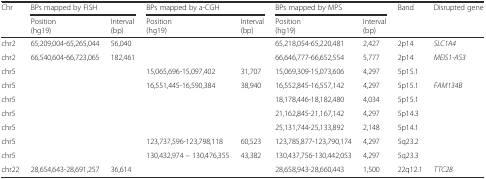
| Chr | <COLSPAN=2> BPs mapped by FISH | <COLSPAN=2> BPs mapped by a-CGH | <COLSPAN=2> BPs mapped by MPS | Band | Disrupted gene |
 |  | Position (hg19) | Interval (bp) | Position (hg19) | Interval (bp) | Position (hg19) | Interval (bp) |  |  |
 | --- | --- | --- | --- | --- | --- | --- | --- | --- |
 | chr2 | 65,209,004-65,265,044 | 56,040 |  |  | 65,218,054-65,220,481 | 2,427 | 2p14 | SLC1A4 |
 | chr2 | 66,540,604-66,723,065 | 182,461 |  |  | 66,646,777-66,652,554 | 5,777 | 2p14 | MEIS1-AS3 |
 | chr5 |  |  | 15,065,696-15,097,402 | 31,707 | 15,069,309-15,073,606 | 4,297 | 5p15.1 |  |
 | chr5 |  |  | 16,551,445-16,590,384 | 38,940 | 16,552,845-16,557,142 | 4,297 | 5p15.1 | FAM134B |
 | chr5 |  |  |  |  | 18,178,446-18,182,480 | 4,034 | 5p15.1 |  |
 | chr5 |  |  |  |  | 21,162,845-21,167,142 | 4,297 | 5p14.3 |  |
 | chr5 |  |  |  |  | 25,131,744-25,133,892 | 2,148 | 5p14.1 |  |
 | chr5 |  |  | 123,737,596-123,798,118 | 60,523 | 123,785,877-123,790,174 | 4,297 | 5q23.2 |  |
 | chr5 |  |  | 130,432,974 – 130,476,355 | 43,382 | 130,437,756-130,442,053 | 4,297 | 5q23.3 |  |
 | chr22 | 28,654,643-28,691,257 | 36,614 |  |  | 28,658,943-28,660,443 | 1,500 | 22q12.1 | TTC28 |